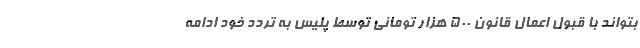
بتواند با قبول اعمال قانون 500 هزار تومانی توسط پلیس به تردد خود ادامه